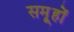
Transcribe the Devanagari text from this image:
समू्हों